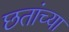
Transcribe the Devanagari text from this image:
छतांच्या